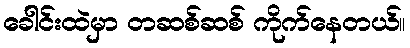
ခေါင်းထဲမှာ တဆစ်ဆစ် ကိုက်နေတယ်။